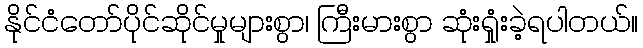
နိုင်ငံတော်ပိုင်ဆိုင်မှုများစွာ၊ ကြီးမားစွာ ဆုံးရှုံးခဲ့ရပါတယ်။